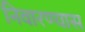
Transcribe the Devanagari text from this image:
निवारण्यास